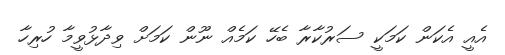
އެއީ އެކަން ކަމަކީ ސަރުކާރާ ބެހޭ ކަމެއް ނޫން ކަމަށް ވިދާޅުވީމާ ހުރިހާ